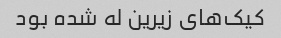
کیک‌های زیرین له شده بود